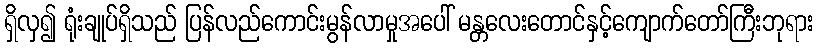
ရှိလှ၍ ရုံးချုပ်ရှိသည် ပြန်လည်ကောင်းမွန်လာမှုအပေါ် မန္တလေးတောင်နှင့်ကျောက်တော်ကြီးဘုရား